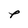
Character: P